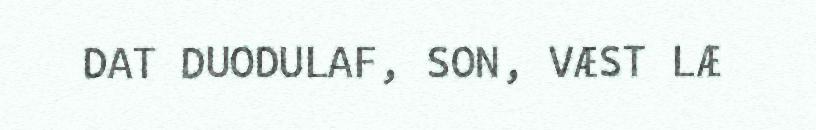
DAT DUODULAF, SON, VÆST LÆ